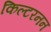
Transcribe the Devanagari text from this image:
किल्टरनन